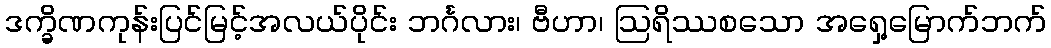
ဒက္ခိဏကုန်းပြင်မြင့်အလယ်ပိုင်း ဘင်္ဂလား၊ ဗီဟာ၊ ဩရိဿစသော အရှေ့မြောက်ဘက်